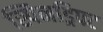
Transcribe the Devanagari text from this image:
स्पिनड्रिफ्ट